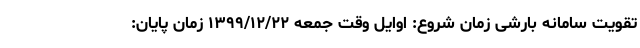
تقویت سامانه بارشی زمان شروع: اوایل وقت جمعه ۱۳۹۹/۱۲/۲۲ زمان پایان: